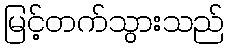
မြင့်တက်သွားသည်